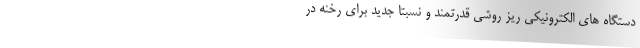
دستگاه های الکترونیکی ریز روشی قدرتمند و نسبتا جدید برای رخنه در